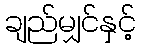
ချည်မျှင်နှင့်